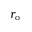
r _ { \mathrm { o } }